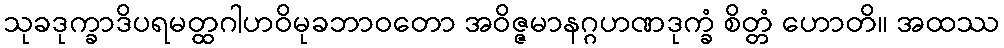
သုခဒုက္ခာဒိပရမတ္ထဂါဟဝိမုခဘာဝတော အဝိဇ္ဇမာနဂ္ဂဟဏဒုက္ခံ စိတ္တံ ဟောတိ။ အထဿ